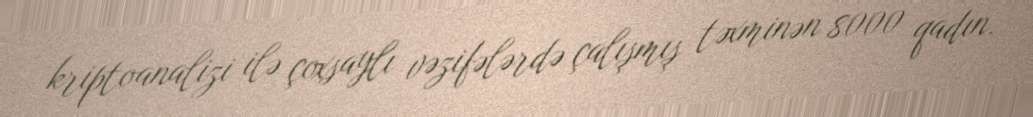
kriptoanalizi ilə çoxsaylı vəzifələrdə çalışmış təxminən 8000 qadın.